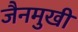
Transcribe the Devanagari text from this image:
जैनमुखी